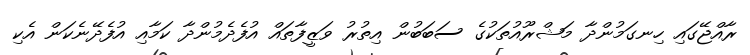
ރާއްޖޭގައި ހިނގަމުންދާ މަޝްރޫއުތަކުގެ ސަބަބުން އިތުރު ވަޒީފާތައް އުފެދެމުންދާ ކަމާއި އުފެދޭނެކަން އެކި